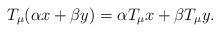
LaTeX: \begin{align*}T_{\mu}(\alpha x +\beta y) =\alpha T_{\mu} x +\beta T_{\mu} y.\end{align*}